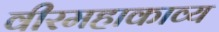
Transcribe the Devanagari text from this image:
वीरमहाकाव्य